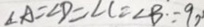
\angle A = \angle D = \angle C = \angle B \because 9 0